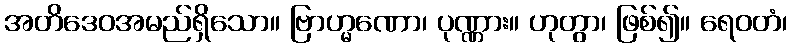
အတိဒေဝအမည်ရှိသော။ ဗြာဟ္မဏော၊ ပုဏ္ဏား။ ဟုတွာ၊ ဖြစ်၍။ ရေဝတံ၊